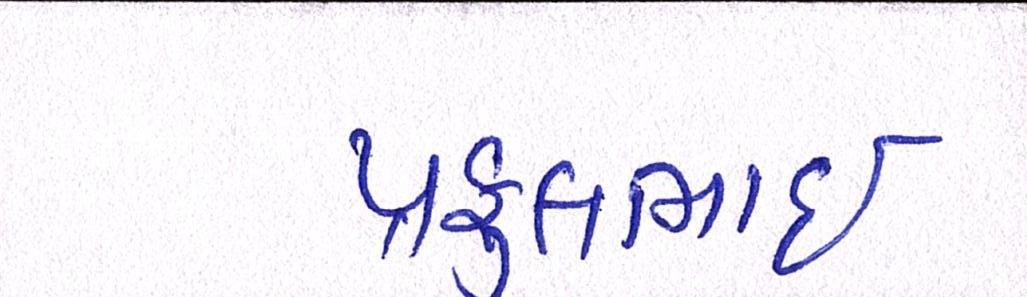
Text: પ્રફુલભાઈ